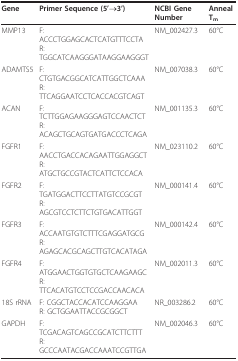
<table><thead><tr><td><b>Gene</b></td><td><b>Primer Sequence (5'→3')</b></td><td><b>NCBI Gene Number</b></td><td><b>Anneal T<sub>m</sub></b></td></tr></thead><tbody><tr><td>MMP13</td><td>F: ACCCTGGAGCACTCATGTTTCCTAR: TGGCATCAAGGGATAAGGAAGGGT</td><td>NM_002427.3</td><td>60°C</td></tr><tr><td>ADAMTS5</td><td>F: CTGTGACGGCATCATTGGCTCAAAR: TTCAGGAATCCTCACCACGTCAGT</td><td>NM_007038.3</td><td>60°C</td></tr><tr><td>ACAN</td><td>F: TCTTGGAGAAGGGAGTCCAACTCTR: ACAGCTGCAGTGATGACCCTCAGA</td><td>NM_001135.3</td><td>60°C</td></tr><tr><td>FGFR1</td><td>F: AACCTGACCACAGAATTGGAGGCTR: ATGCTGCCGTACTCATTCTCCACA</td><td>NM_023110.2</td><td>60°C</td></tr><tr><td>FGFR2</td><td>F: TGATGGACTTCCTTATGTCCGCGTR: AGCGTCCTCTTCTGTGACATTGGT</td><td>NM_000141.4</td><td>60°C</td></tr><tr><td>FGFR3</td><td>F: ACCAATGTGTCTTTCGAGGATGCGR: AGAGCACGCAGCTTGTCACATAGA</td><td>NM_000142.4</td><td>60°C</td></tr><tr><td>FGFR4</td><td>F: ATGGAACTGGTGTGCTCAAGAAGCR: TTCACATGTCCTCCGACCAACACA</td><td>NM_002011.3</td><td>60°C</td></tr><tr><td>18S rRNA</td><td>F: CGGCTACCACATCCAAGGAAR: GCTGGAATTACCGCGGCT</td><td>NR_003286.2</td><td>60°C</td></tr><tr><td>GAPDH</td><td>F: TCGACAGTCAGCCGCATCTTCTTTR: GCCCAATACGACCAAATCCGTTGA</td><td>NM_002046.3</td><td>60°C</td></tr></tbody></table>